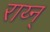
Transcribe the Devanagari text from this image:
राय्न्